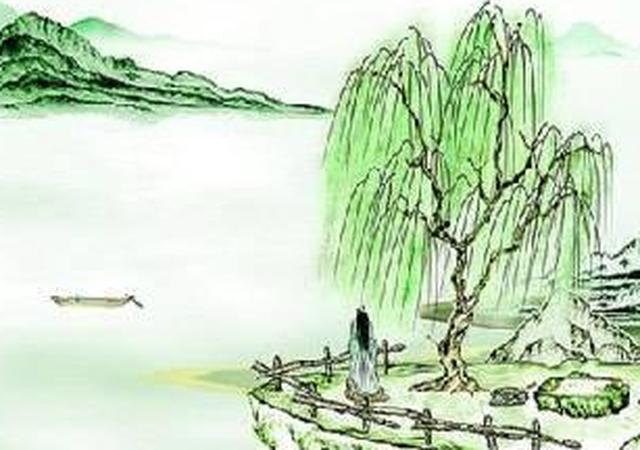
曾逐东风拂舞筵，乐游春苑断肠天。